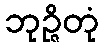
ဘုဉ္ဇိတုံ